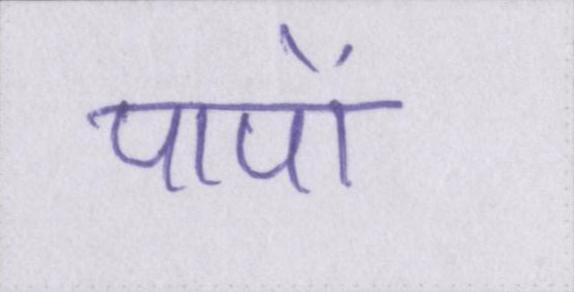
पापों